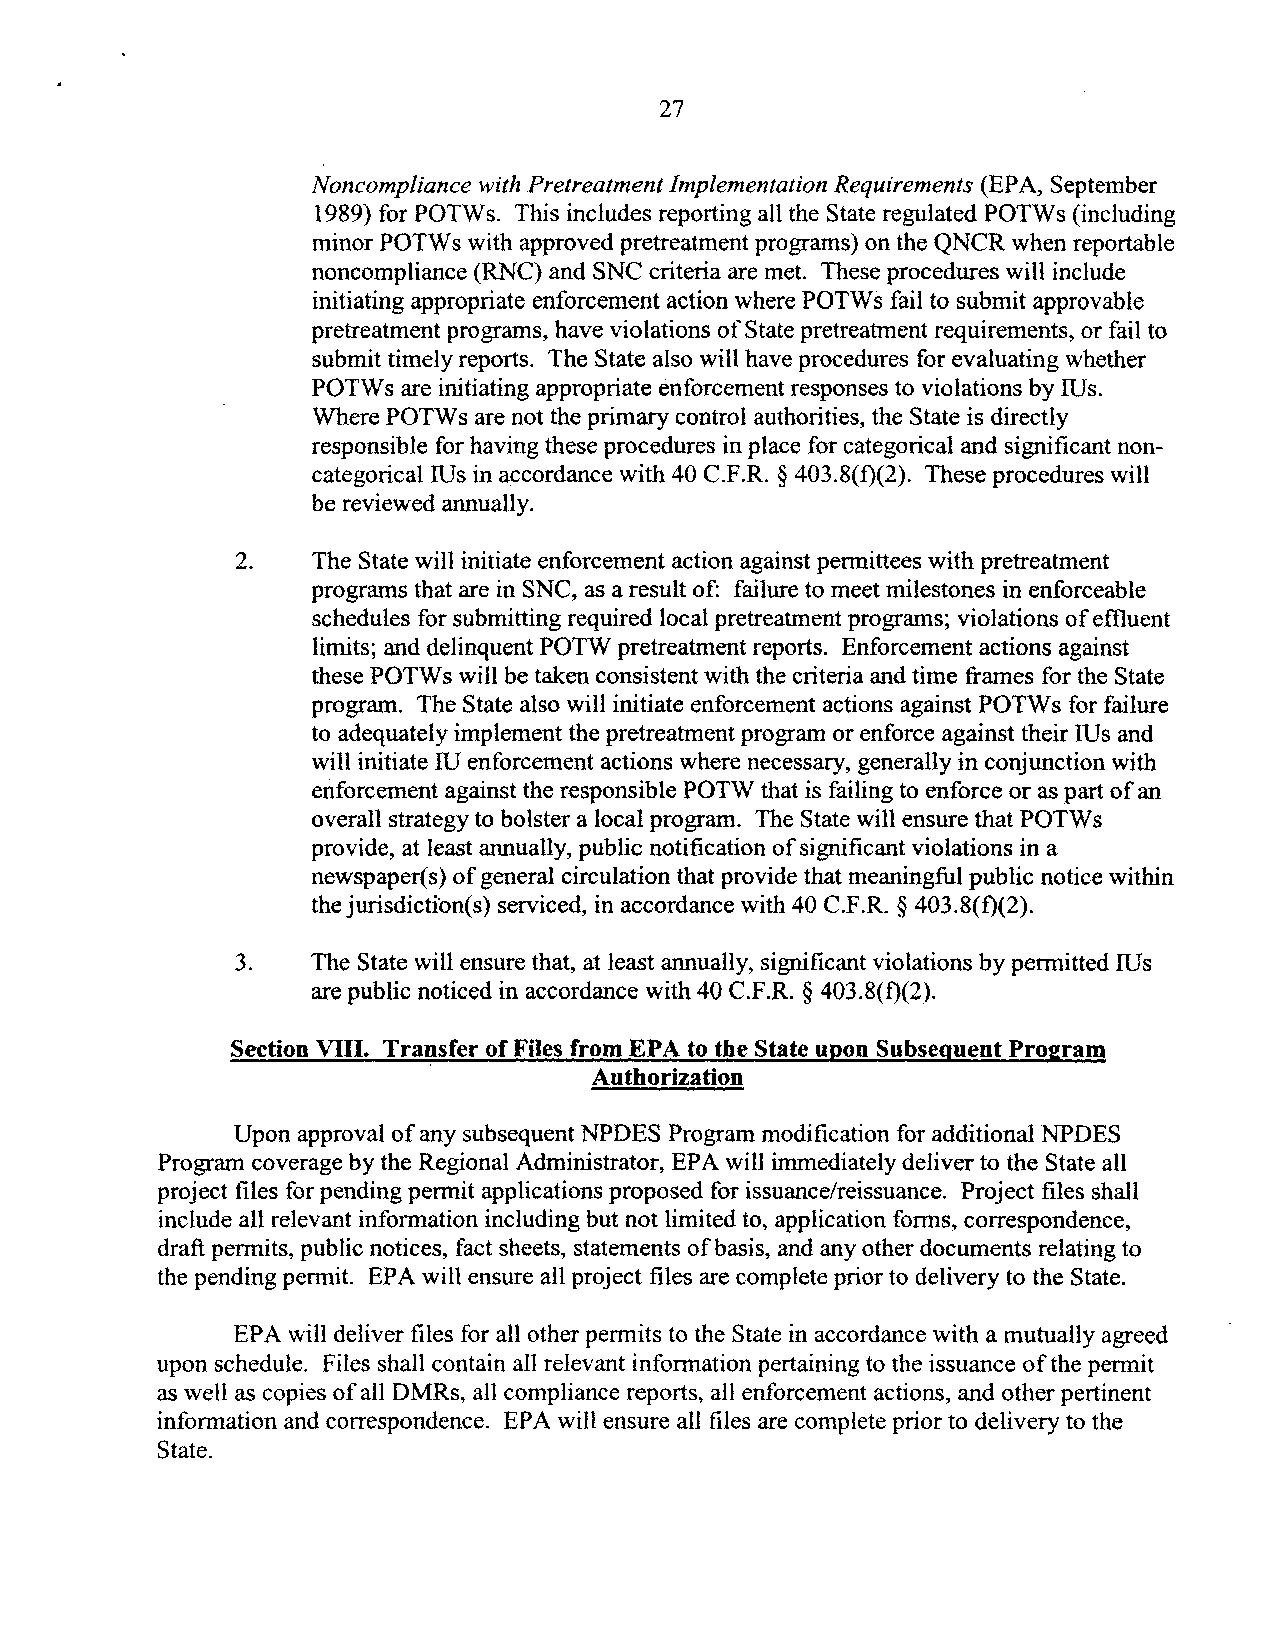
27
 Noncompliance with Pretreatment Implementation Requirements (EPA, September
 1989) for POTWs. This includes reporting all the State regulated POTWs (including
 minor POTWs with approved pretreatment programs) on the QNCR when reportable
 noncompliance (RNC) and SNC criteria are met. These procedures will include
 initiating appropriate enforcement action where POTWs fail to submit approvable
 pretreatment programs, have violations of State pretreatment requirements, or fail to
 submit timely reports. The State also will have procedures for evaluating whether
 POTWs are initiating appropriate enforcement responses to violations by IUs.
 Where POTWs are not the primary control authorities, the State is directly
 responsible for having these procedures in place for categorical and significant non­
 categorical IUs in accordance with 40 C.F.R. § 403.8(f)(2). These procedures will
 be reviewed annually.
 2.    The State will initiate enforcement action against permittees with pretreatment
 programs that are in SNC, as a result of: failure to meet milestones in enforceable
 schedules for submitting required local pretreatment programs; violations ofeffluent
 limits; and delinquent POTW pretreatment reports. Enforcement actions against
 these POTWs will be taken consistent with the criteria and time frames for the State
 program. The State also will initiate enforcement actions against POTWs for failure
 to adequately implement the pretreatment program or enforce against their IUs and
 will initiate IU enforcement actions where necessary, generally in conjunction with
 enforcement against the responsible POTW that is failing to enforce or as part of an
 overall strategy to bolster a local program. The State will ensure that POTWs
 provide, at least annually, public notification ofsignificant violations in a
 newspaper(s) of general circulation that provide that meaningful public notice within
 thejurisdiction(s) serviced, in accordance with 40 C.F.R. § 403.8(f)(2).
 3.   The State will ensure that, at least annually, significant violations by permitted IUs
 are public noticed in accordance with 40 C.F.R. § 403.8(f)(2).
 Section VIII. Transfer of Files from EPA to the State upon Subsequent Pr02ram
 Authorization
 Upon approval of any subsequent NPDES Program modification for additional NPDES
 Program coverage by the Regional Administrator, EPA will immediately deliver to the State all
 project files for pending permit applications proposed for issuance/reissuance. Project files shall
 include all relevant information including but not limited to, application forms, correspondence,
 draft permits, public notices, fact sheets, statements ofbasis, and any other documents relating to
 the pending permit. EPA will ensure all project files are complete prior to delivery to the State.
 EPA will deliver files for all other permits to the State in accordance with a mutually agreed
 upon schedule. Files shall contain all relevant information pertaining to the issuance ofthe permit
 as well as copies ofall DMRs, all compliance reports, all enforcement actions, and other pertinent
 information and correspondence. EPA will ensure all files are complete prior to delivery to the
 State.